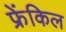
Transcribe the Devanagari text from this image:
फ्रेंकिल